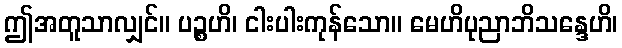
ဤအတူသာလျှင်။ ပဉ္စဟိ၊ ငါးပါးကုန်သော။ မေဟိပုညာဘိသန္ဒေဟိ၊